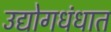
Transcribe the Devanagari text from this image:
उद्योगधंधात